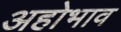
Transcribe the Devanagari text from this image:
अहोभाव